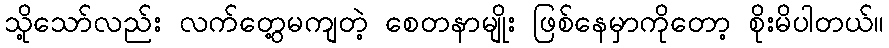
သို့သော်လည်း လက်တွေ့မကျတဲ့ စေတနာမျိုး ဖြစ်နေမှာကိုတော့ စိုးမိပါတယ်။